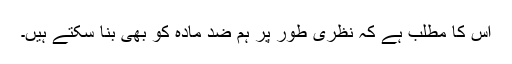
اس کا مطلب ہے کہ نظری طور پر ہم ضد مادّہ کو بھی بنا سکتے ہیں۔